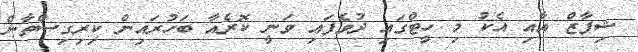
ޝިފާޒް އާއި އެކު މި ހީޓްގައި ދުވެފައި ވަނީ ކޮރެއާ ބަހުރައިން ކިރިގިސްތާން